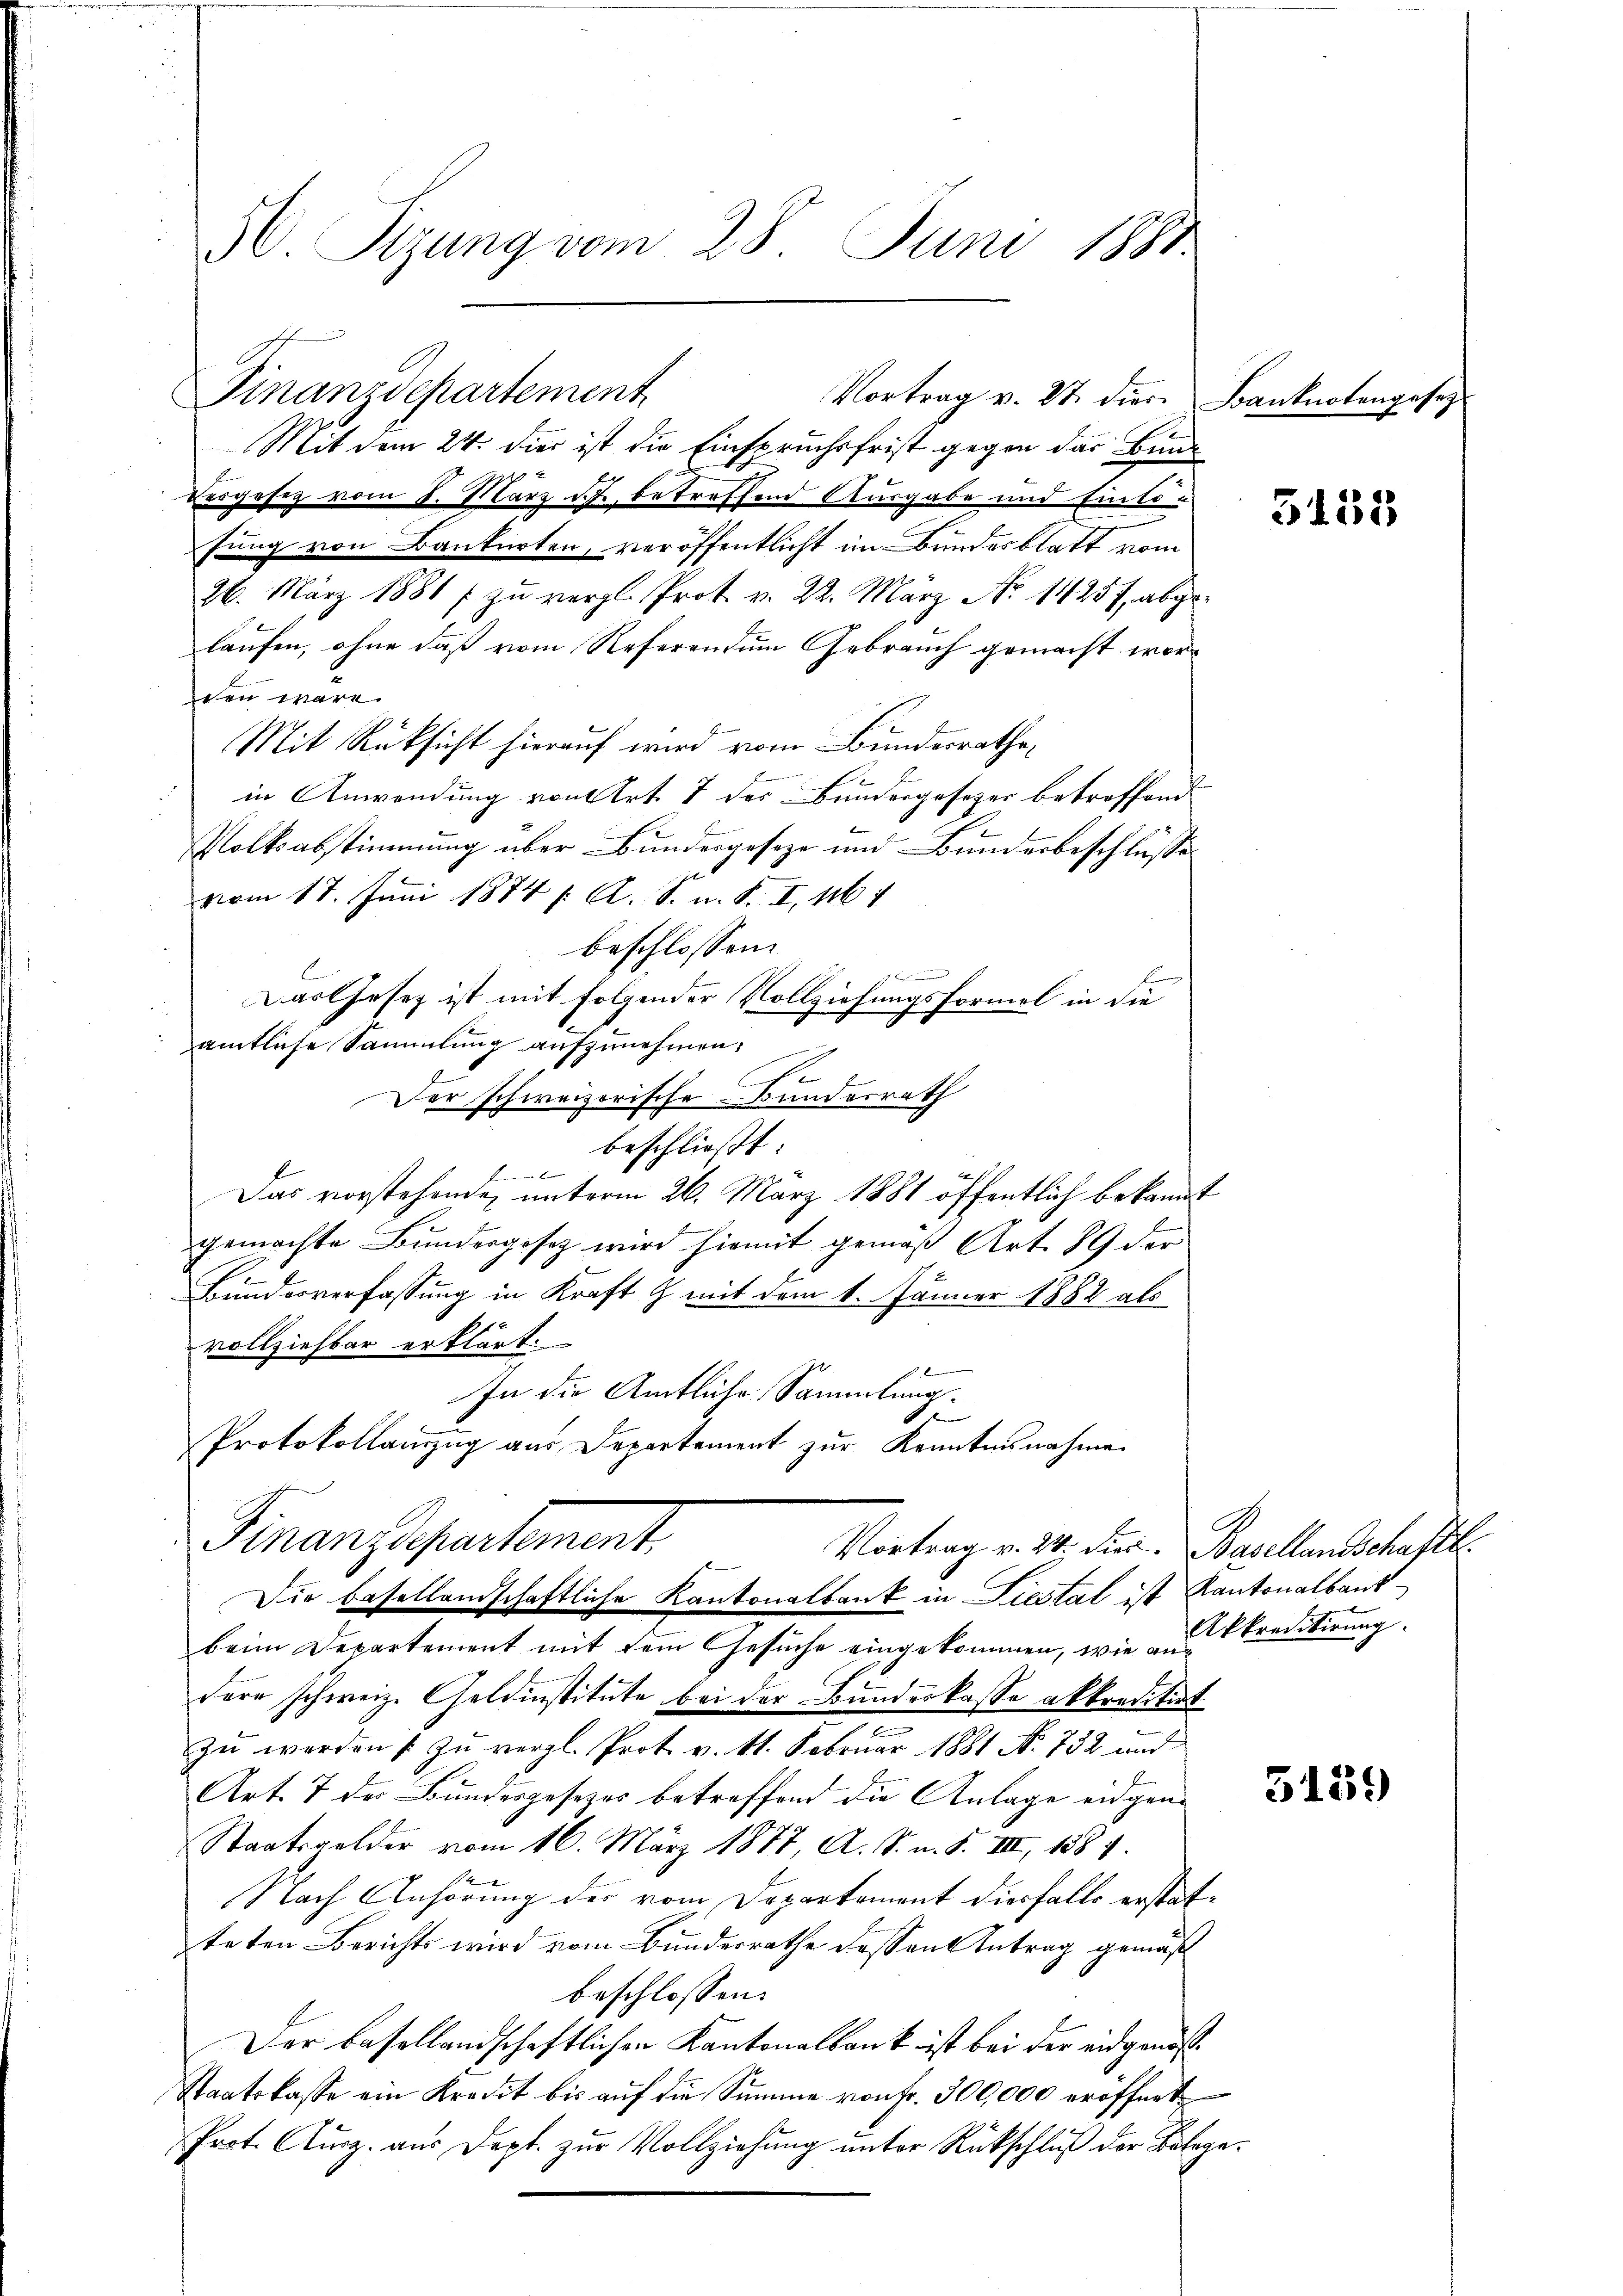
W. Tizung vom 28. Juni 1881.

Finanzdepartement
Mit dem 24. dies ist die Einspruchsfrist gegen das Bund
Eisgesetz vom 8. März ist, betreffend Ausgabe und Eintsfung von Bankarten, veröffentlicht im Bundesblatt vom
26. März 1881 / zu vergl. Prot. v. 22. März No 14257, abgelaufen, ohne daß vom Referentum Gebrauch gemacht worden wäre.
Mit Rücksicht hierauf wird vom Bundesrathe,
in Anwendung von Art. 7 des Bundergesezer betreffend
Volksabstimmung über Bundesgeseze und Bunderbeschlüsse
vom 17. Juni 1874 /: A. S. n. F. I. 161
beschlossen:
citiert we
Das Gesetz ist mit folgender Vollziehungsformel in die
.
amtliche Sammlung aufzunehmen,
se
Der schweizerische Bunderrath
beschließt:
x
Das vorstehenden unterm 26. März 1881 öffentlich bekannt
gemachte Bundesgesez wird hiemit gemäß Art. 89 der
h
Bundesverfassung in Kraft G. mit dem 1. Jänner 1882 als
vollziehbar erklärt.
In die Amtliche Sammlung.
t
Protokollanzug aus Departement zur Kenntnisnahme.

Vortrag v. 27 dies Banknotengesetz

Finanzdepartement.
Vortrag v. 24. die Basellandschaftl
Die besellandschaftliche Kantonalbank in Liestal ist Kantonalbank¬

beim Departement mit dem Gesuche eingekommen, wie aus Preditirung
dere schweiz. Geldinstitute bei der Bundeskasse akkreditirt
zu werden zu vergl. Prot. v. 11. Februar 1881 No 732 und
Art. 7 der Bundesgesezes betreffend die Anlage eidgen-
Staatsgelder vom 16. März 1877, A. S. m. S. III, 1887.
Nach Anhörung des vom Departement diesfalls erstatteten Berichts wird vom Bundesrathe dessen Antrag gemäß
beschlossen:
Der basellandschaftlichen Kantonalbank ist bei der eidgenöß¬
Staatskasse ein Kredit bis aŭf die Summe von Fr. 300,000 eröffnet
Prot. Ausz. aus Dept. zur Vollziehung unter Rückschluß der Belege.

5155

5159